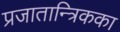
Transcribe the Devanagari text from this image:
प्रजातान्त्रिकका